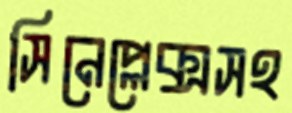
সিনেপ্লেক্সসহ